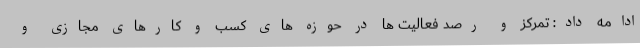
ادامه داد: تمرکز و رصد فعالیت ها در حوزه های کسب و کارهای مجازی و